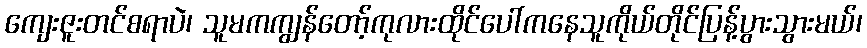
ကျေးဇူးတင်စရာပဲ၊ သူမကကျွန်တော့်ကုလားထိုင်ပေါ်ကနေသူကိုယ်တိုင်ပြန့်ပွားသွားမယ်၊